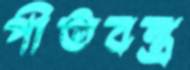
পীতবস্ত্র